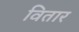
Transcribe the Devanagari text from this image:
वितार